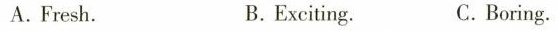
A.Fresh. B.Exciting. C. Boring.